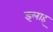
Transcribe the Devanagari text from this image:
इलाह्